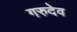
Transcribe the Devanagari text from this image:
गरुदेव